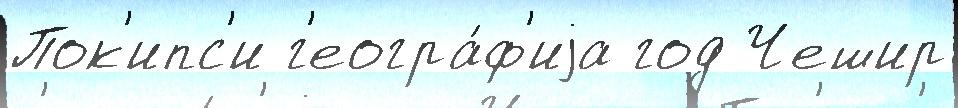
Пок'ипс'и г'еогра́ф'иjа год Чешир